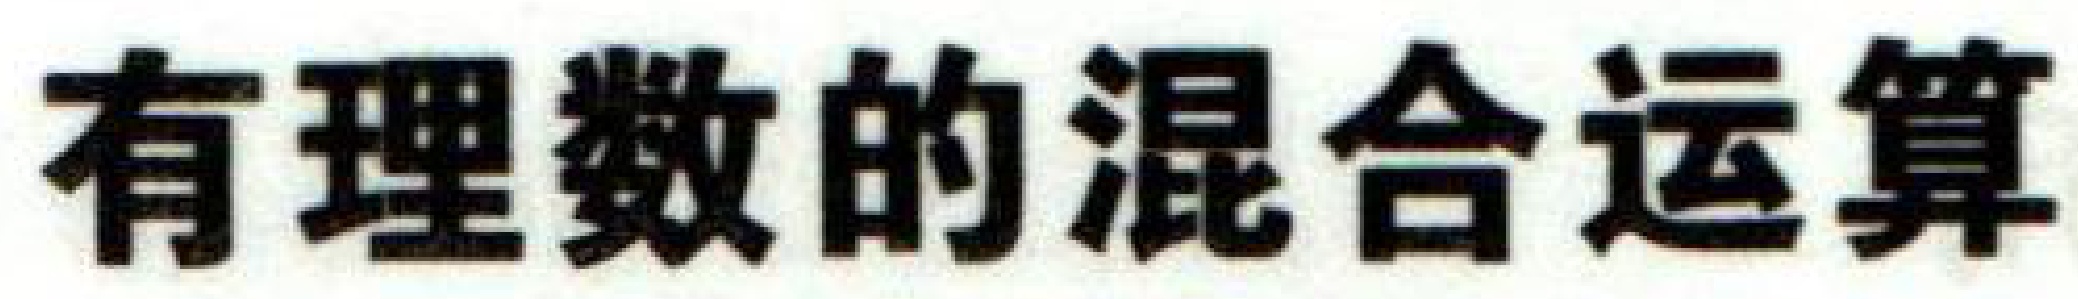
有理数的混合运算